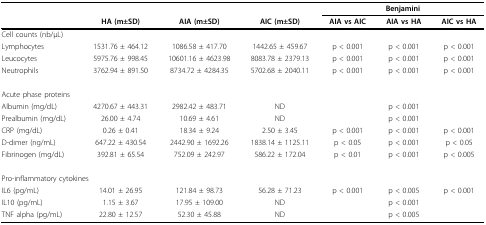
<table><thead><tr><td></td><td></td><td></td><td></td><td colspan="3"><b>Benjamini</b></td></tr><tr><td></td><td><b>HA (m±SD)</b></td><td><b>AIA (m±SD)</b></td><td><b>AIC (m±SD)</b></td><td><b>AIA vs AIC</b></td><td><b>AIA vs HA</b></td><td><b>AIC vs HA</b></td></tr></thead><tbody><tr><td colspan="6">Cell counts (nb/μL)</td><td></td></tr><tr><td>Lymphocytes</td><td>1531.76 ± 464.12</td><td>1086.58 ± 417.70</td><td>1442.65 ± 459.67</td><td>p &lt; 0.001</td><td>p &lt; 0.001</td><td>p &lt; 0.001</td></tr><tr><td>Leucocytes</td><td>5975.76 ± 998.45</td><td>10601.16 ± 4623.98</td><td>8083.78 ± 2379.13</td><td>p &lt; 0.001</td><td>p &lt; 0.001</td><td>p &lt; 0.001</td></tr><tr><td>Neutrophils</td><td>3762.94 ± 891.50</td><td>8734.72 ± 4284.35</td><td>5702.68 ± 2040.11</td><td>p &lt; 0.001</td><td>p &lt; 0.001</td><td>p &lt; 0.001</td></tr><tr><td colspan="6">Acute phase proteins</td><td></td></tr><tr><td>Albumin (mg/dL)</td><td>4270.67 ± 443.31</td><td>2982.42 ± 483.71</td><td>ND</td><td></td><td>p &lt; 0.001</td><td></td></tr><tr><td>Prealbumin (mg/dL)</td><td>26.00 ± 4.74</td><td>10.69 ± 4.61</td><td>ND</td><td></td><td>p &lt; 0.001</td><td></td></tr><tr><td>CRP (mg/dL)</td><td>0.26 ± 0.41</td><td>18.34 ± 9.24</td><td>2.50 ± 3.45</td><td>p &lt; 0.001</td><td>p &lt; 0.001</td><td>p &lt; 0.001</td></tr><tr><td>D-dimer (ng/mL)</td><td>647.22 ± 430.54</td><td>2442.90 ± 1692.26</td><td>1838.14 ± 1125.11</td><td>p &lt; 0.05</td><td>p &lt; 0.001</td><td>p &lt; 0.05</td></tr><tr><td>Fibrinogen (mg/dL)</td><td>392.81 ± 65.54</td><td>752.09 ± 242.97</td><td>586.22 ± 172.04</td><td>p &lt; 0.01</td><td>p &lt; 0.001</td><td>p &lt; 0.005</td></tr><tr><td colspan="6">Pro-inflammatory cytokines</td><td></td></tr><tr><td>IL6 (pg/mL)</td><td>14.01 ± 26.95</td><td>121.84 ± 98.73</td><td>56.28 ± 71.23</td><td>p &lt; 0.001</td><td>p &lt; 0.005</td><td>p &lt; 0.001</td></tr><tr><td>IL10 (pg/mL)</td><td>1.15 ± 3.67</td><td>17.95 ± 109.00</td><td>ND</td><td></td><td>p &lt; 0.001</td><td></td></tr><tr><td>TNF alpha (pg/mL)</td><td>22.80 ± 12.57</td><td>52.30 ± 45.88</td><td>ND</td><td></td><td>p &lt; 0.005</td><td></td></tr></tbody></table>